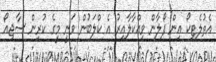
އެތުލެޓިކޯ އިން ފޯލާން ވިއްކާލާއިރު އެ ކްލަބުން ވަނީ މީގެ ކުރިން ސާޖިއޯ